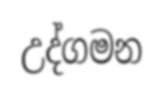
උද්ගමන